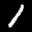
Label: 1